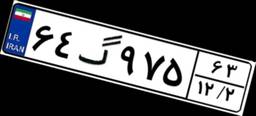
۲۲گ۷۳۱۷۳